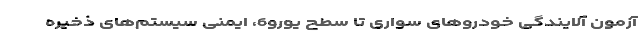
آزمون آلایندگی خودروهای سواری تا سطح یورو6، ایمنی سیستم‌های ذخیره